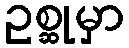
ဥစ္ဆုမှာ